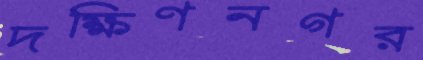
দক্ষিণনগর